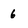
Character: 6